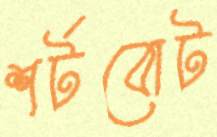
শর্টবোট